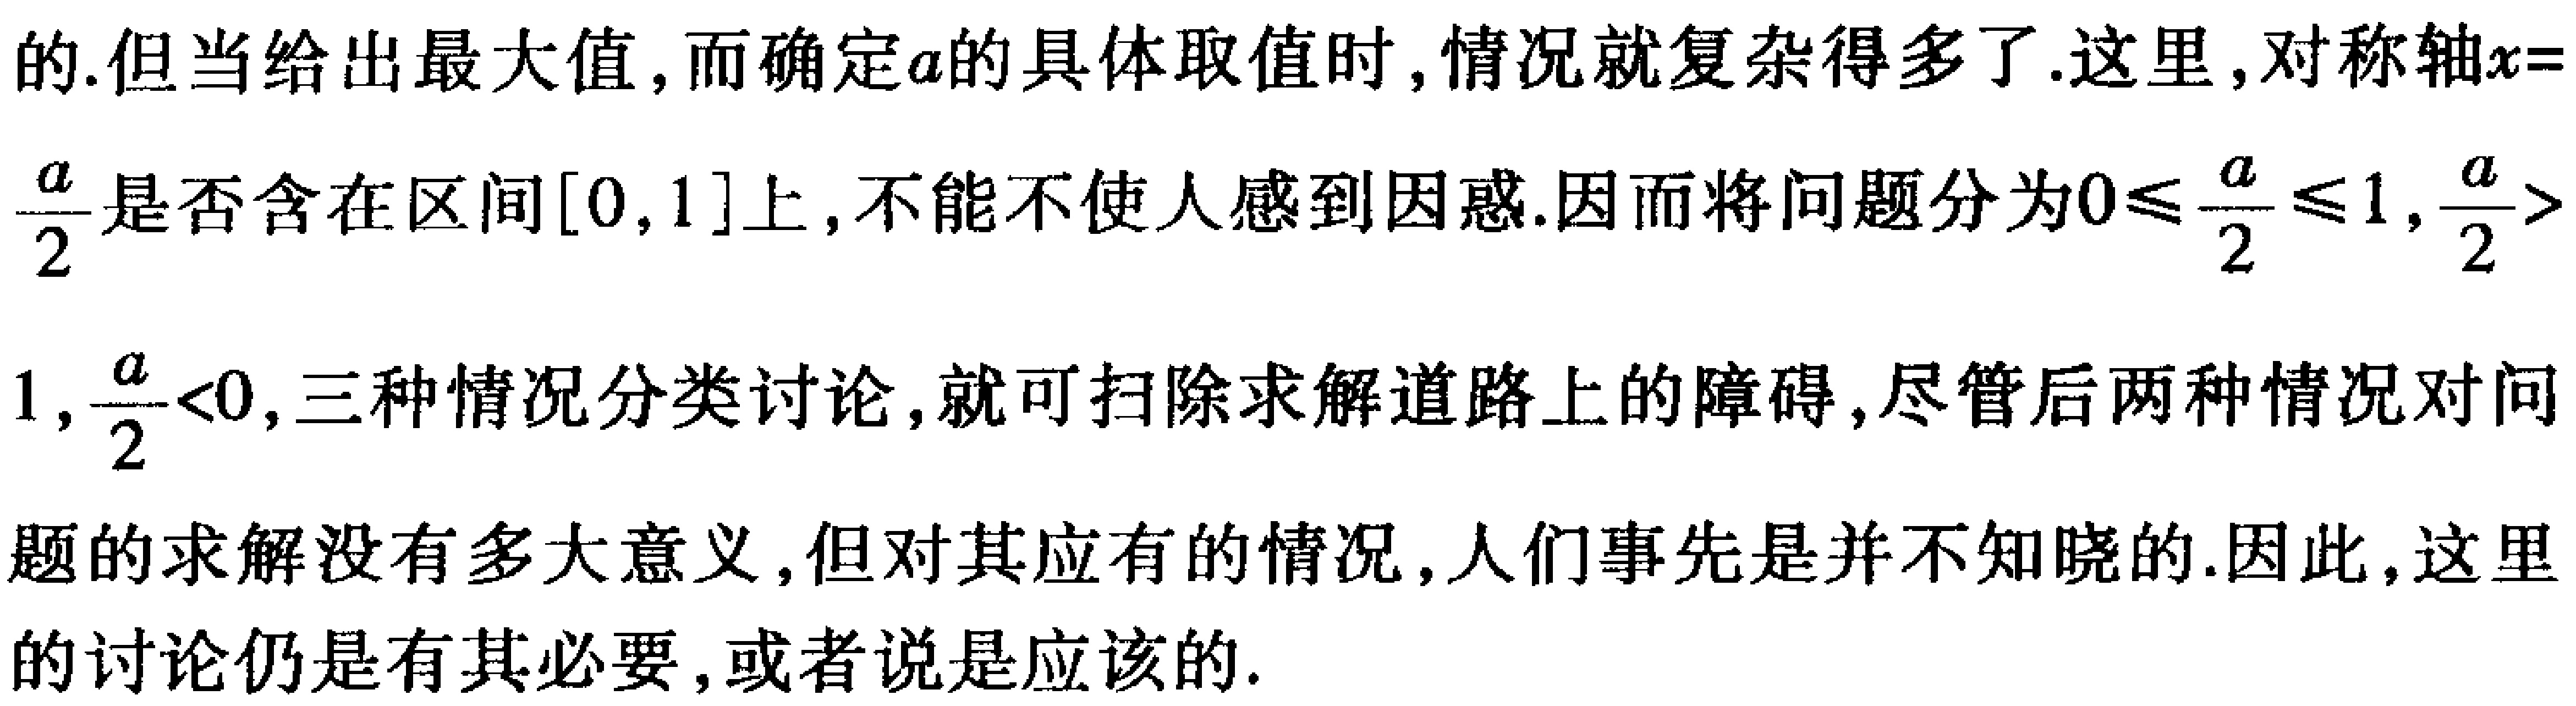
的.但当给出最大值,而确定\(a\)的具体取值时,情况就复杂得多了.这里,对称轴\(x = \frac{a}{2}\)是否含在区间\([0,1]\)上,不能不使人感到因惑.因而将问题分为\(0\leqslant\frac{a}{2}\leqslant1\),\(\frac{a}{2}>1\),\(\frac{a}{2}<0\),三种情况分类讨论,就可扫除求解道路上的障碍,尽管后两种情况对问题的求解没有多大意义,但对其应有的情况,人们事先是并不知晓的.因此,这里的讨论仍是有其必要,或者说是应该的.